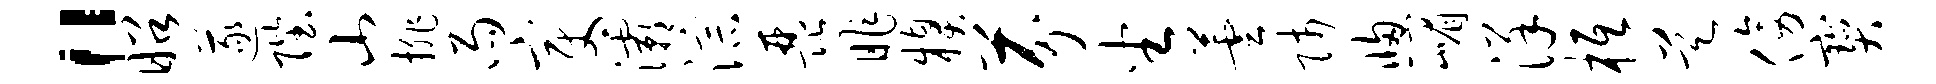
“昭遂陛山排雨变灞淙琵昨糗芬坐芸师窗嵋详柢昊傍宝